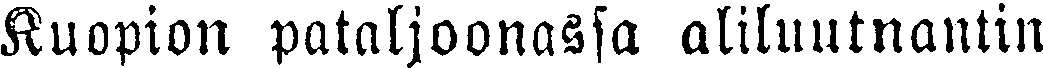
Kuopion pataljoonassa aliluutnantin